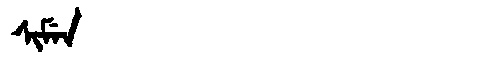
Manchu: ᠰᡳᠮᡝᠨ
Romanization: SIMEN